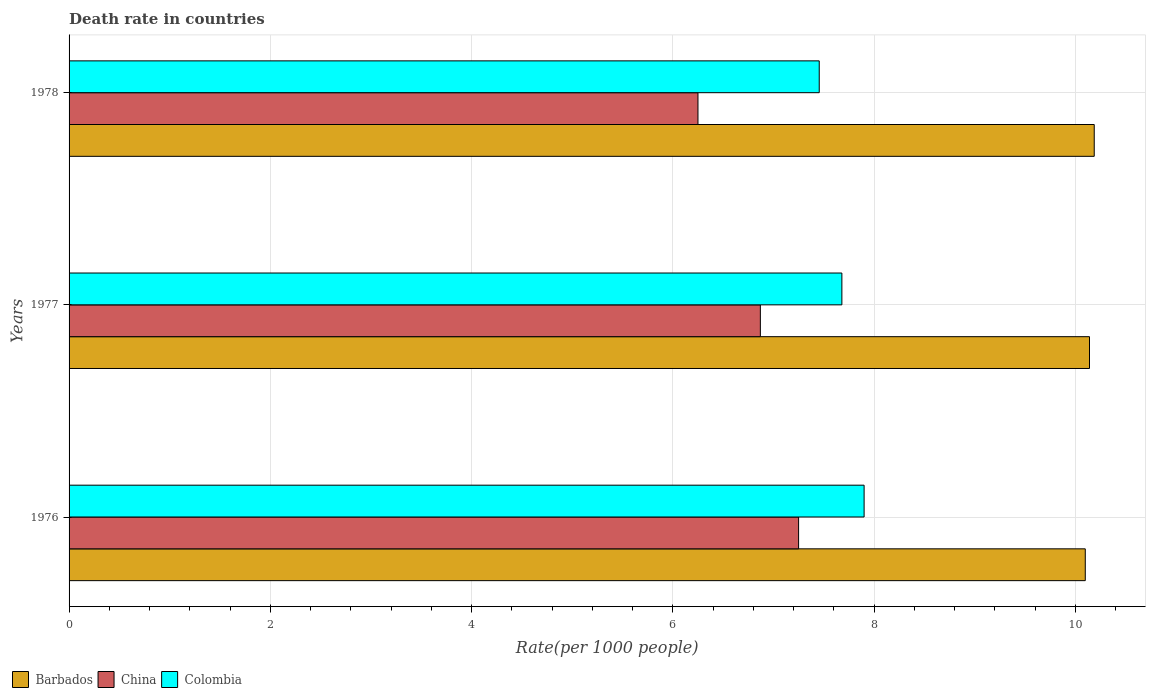
| Years | Barbados | China | Colombia |
 | --- | --- | --- | --- |
 | 1976 | 10.1 | 7.25 | 7.9 |
 | 1977 | 10.1 | 6.87 | 7.68 |
 | 1978 | 10.2 | 6.25 | 7.46 |